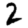
Digit: 2